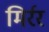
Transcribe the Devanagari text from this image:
मिर्रर